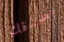
نصدقك